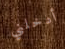
أدخلني